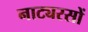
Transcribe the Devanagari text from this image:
नाट्यरसों